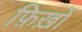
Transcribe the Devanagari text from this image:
फ़िख़ों